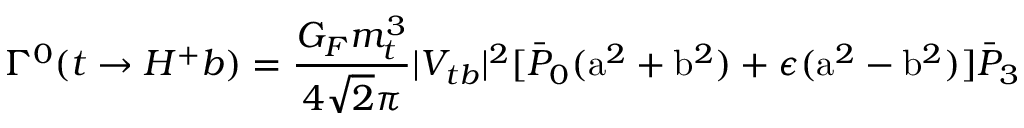
\Gamma ^ { 0 } ( t \rightarrow H ^ { + } b ) = \frac { G _ { F } m _ { t } ^ { 3 } } { 4 \sqrt 2 \pi } | V _ { t b } | ^ { 2 } [ \bar { P } _ { 0 } ( \mathrm { a } ^ { 2 } + \mathrm { b } ^ { 2 } ) + \epsilon ( \mathrm { a } ^ { 2 } - \mathrm { b } ^ { 2 } ) ] \bar { P } _ { 3 }